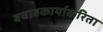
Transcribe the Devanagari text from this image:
बचावकार्याकरिता